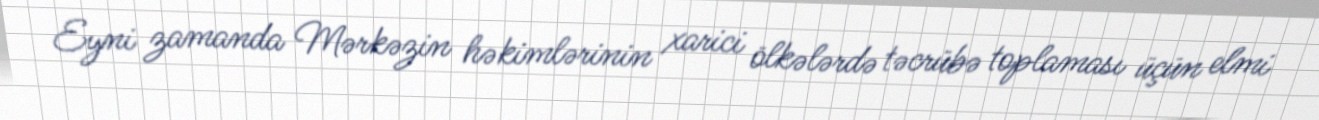
Eyni zamanda Mərkəzin həkimlərinin xarici ölkələrdə təcrübə toplaması üçün elmi